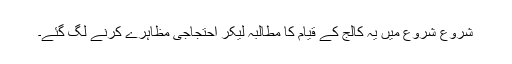
شروع شروع میں یہ کالج کے قیام کا مطالبہ لیکر احتجاجی مظاہرے کرنے لگ گئے۔